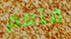
فنعم